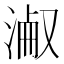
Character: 𣸎